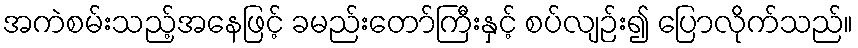
အကဲစမ်းသည့်အနေဖြင့် ခမည်းတော်ကြီးနှင့် စပ်လျဉ်း၍ ပြောလိုက်သည်။